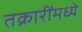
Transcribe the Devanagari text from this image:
तक्रारींमध्ये